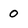
Character: 0